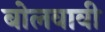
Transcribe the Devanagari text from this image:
बोलवावी